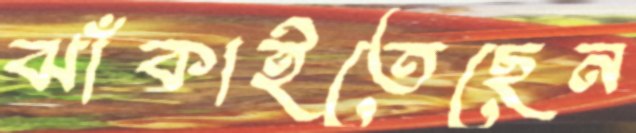
ঝাঁকাইতেছেন